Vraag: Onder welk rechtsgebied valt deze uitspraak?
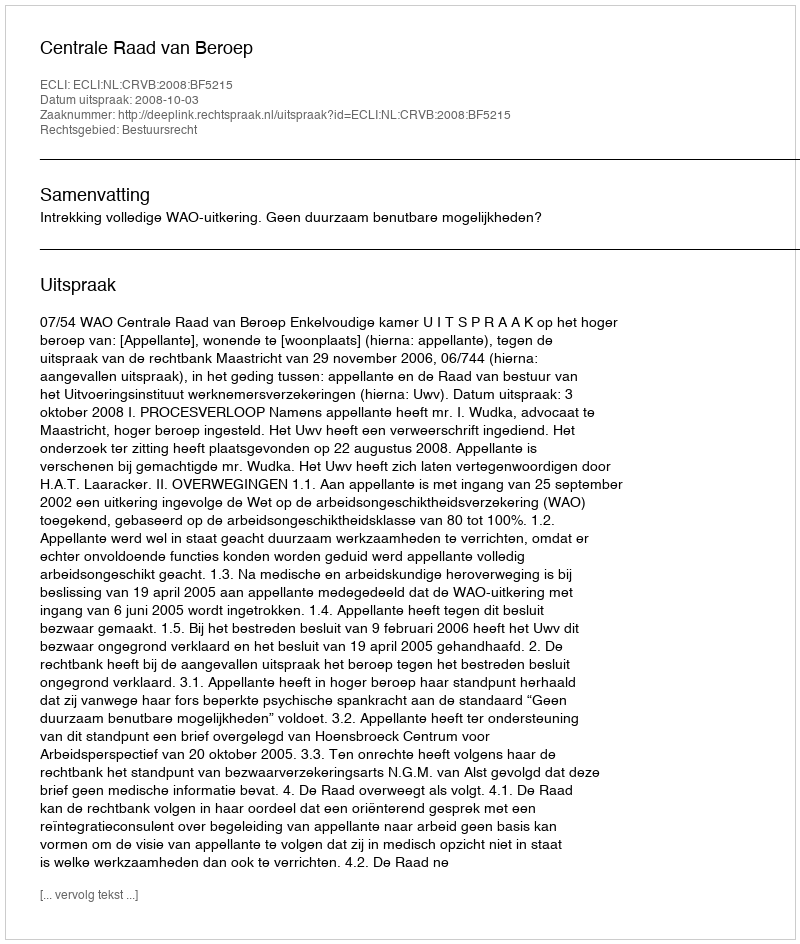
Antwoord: Bestuursrecht